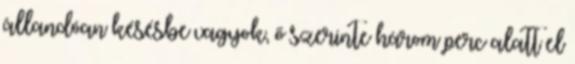
állandóan késésbe vagyok, ő szerinte három perc alatt el